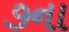
૭ના